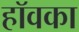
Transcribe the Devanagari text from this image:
हॉवका